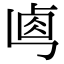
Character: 𠧷